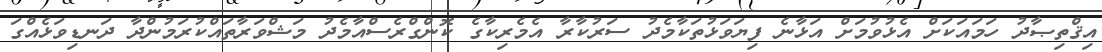
އިޤްތިޞާދު ހަމައަކަށް އެޅުވުމަށް އަޅާނެ ފިޔަވަޅުތަކާމެދު ސަރުކާރާ އެމެރިކާގެ ކޮންގްރެސްއާމެދު މަޝްވަރާތައްކުރަމުންދާ ދަނޑިވަޅެއްގަ